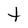
Character: t